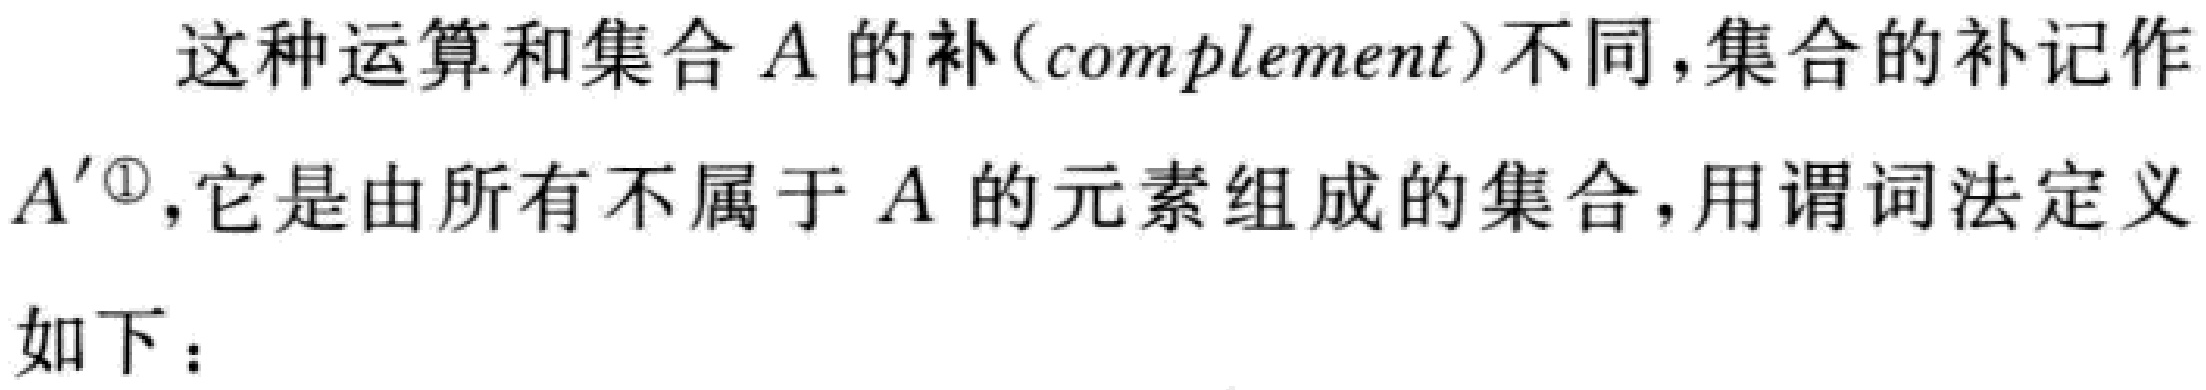
这种运算和集合\(A\)的补(complement)不同，集合的补记作\(A^{\prime\circlearrowleft}\)，它是由所有不属于\(A\)的元素组成的集合，用谓词法定义

如下：